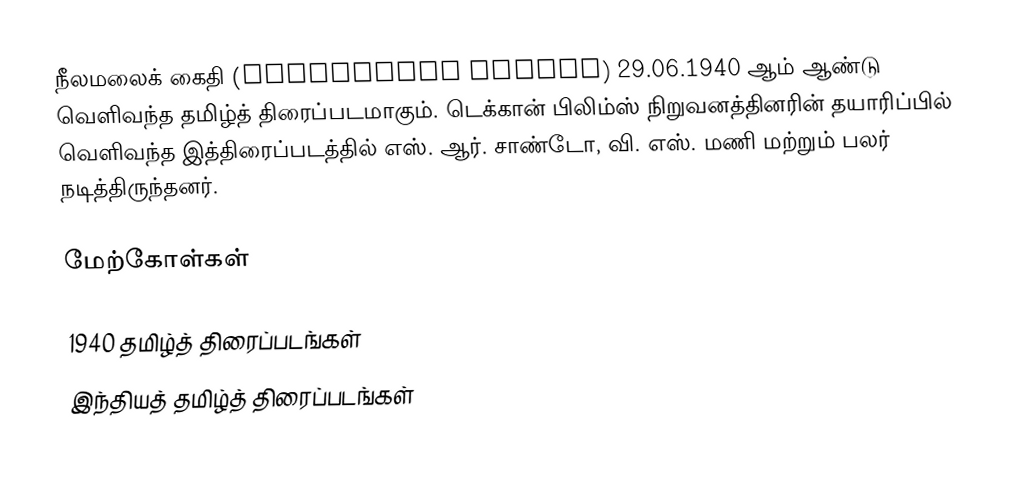
நீலமலைக் கைதி (Neelamalai Kaidhi) 29.06.1940 ஆம் ஆண்டு வெளிவந்த தமிழ்த் திரைப்படமாகும். டெக்கான் பிலிம்ஸ் நிறுவனத்தினரின் தயாரிப்பில் வெளிவந்த இத்திரைப்படத்தில் எஸ். ஆர். சாண்டோ, வி. எஸ். மணி மற்றும் பலர் நடித்திருந்தனர்.

மேற்கோள்கள்

1940 தமிழ்த் திரைப்படங்கள்
இந்தியத் தமிழ்த் திரைப்படங்கள்